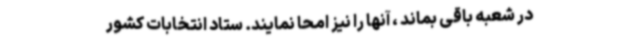
در شعبه باقی بماند ، آنها را نیز امحا نمایند. ستاد انتخابات کشور